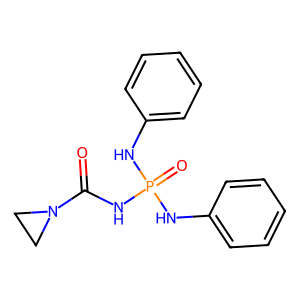
SMILES: O=C(NP(=O)(Nc1ccccc1)Nc1ccccc1)N1CC1
Inhibits HIV replication: No